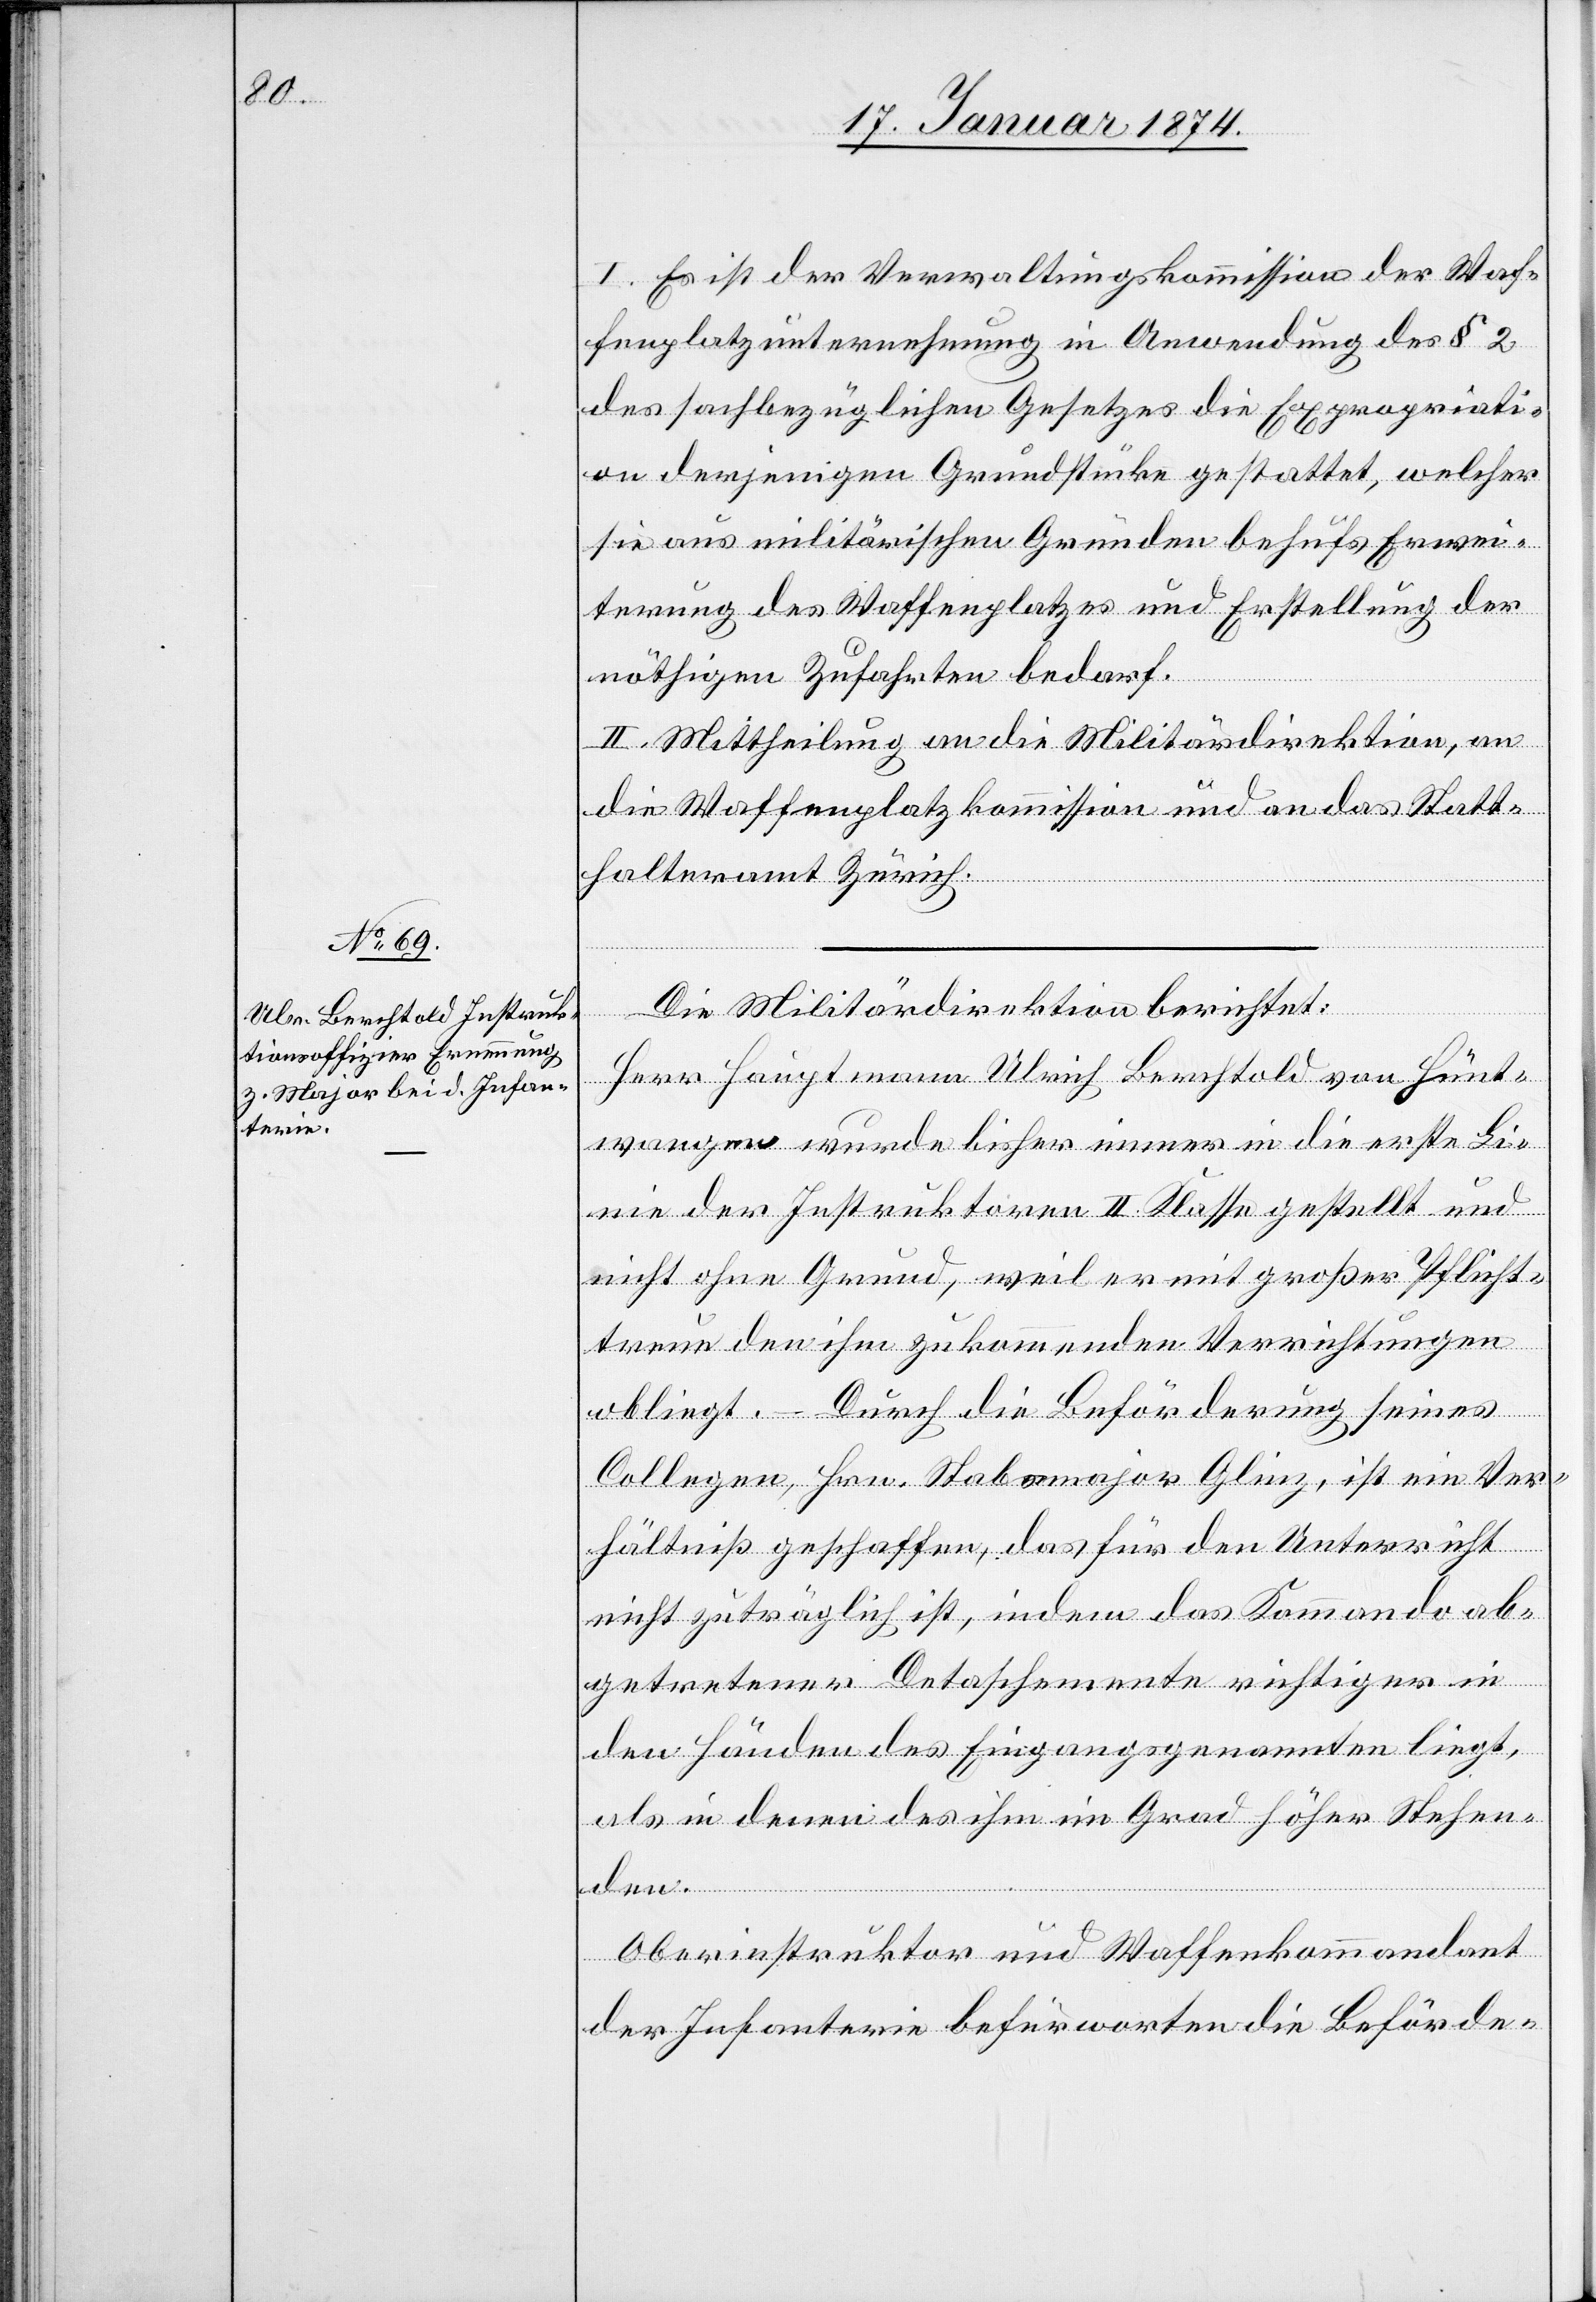
I. Es ist der Verwaltungskommission der Waf¬
fenplatzunternehmung in Anwendung des § 2
des sachbezüglichen Gesetzes die Expropriati¬
on derjenigen Grundstücke gestattet, welcher
sie aus militärischen Gründen behufs Erwei¬
terung des Waffenplatzes und Erstellung der
nöthigen Zufahrten bedarf.
II. Mittheilung an die Militärdirektion, an
die Waffenlatzkommission und an das Statt¬
halteramt Zürich.
Die Militärdirektion berichtet:
Herr Hauptmann Ulrich Berchtold von Hünt¬
wangen wurde bisher immer in die erste Li¬
nie der Instruktoren II. Klasse gestellt und
nicht ohne Grund, weil er mit großer Pflicht¬
treue den ihm zukommenden Verrichtungen
obliegt. – Durch die Beförderung seines
Collegen, Hrn. Stabsmajor Glinz, ist ein Ver¬
hältnis geschaffen, das für den Unterricht
nicht zuträglich ist, indem das Kommando ab¬
getretener Detaschemente [sic!] richtiger in
den Händen des Eingangsgenannten liegt,
als in denen des ihm ein Grad höher Stehen¬
den.
Oberinstruktor und Waffenkommandant
der Infanterie befürworten die Beförde-